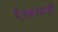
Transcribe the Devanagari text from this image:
पैगंबरवासी